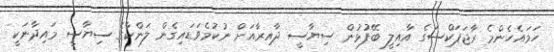
ހަމައެހެންމެ ރާޖަޕަކްސަގެ އާއިލީ ބޭފުޅުން ސިޔާސީ ދާއިރާއަށް ނުކުމެވަޑައިގެން ލަންކާގެ ސިޔާސީ މައިދާނަކީ